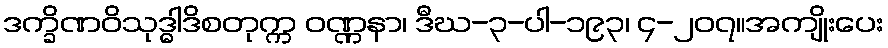
ဒက္ခိဏဝိသုဒ္ဓါဒိစတုက္က ဝဏ္ဏနာ၊ ဒီဃ-၃-ပါ-၁၉၃၊ ၄-၂၀၇။အကျိုးပေး